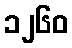
၁၂၆၀